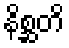
နိစ္ဆတိ